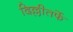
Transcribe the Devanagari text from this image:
दिल्लीतर्फे